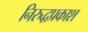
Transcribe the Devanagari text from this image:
निरुद्धप्रकाश